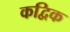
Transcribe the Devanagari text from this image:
कद्विक